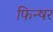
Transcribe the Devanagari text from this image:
फिन्षर